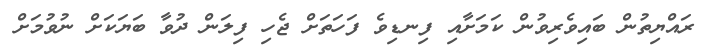
ރައްޔިތުން ބައިވެރިވުން ކަމަށާއި ފިނޑިވެ ފަހަތަށް ޖެހި ފިލަން ދުވާ ބަޔަކަށް ނުވުމަށް